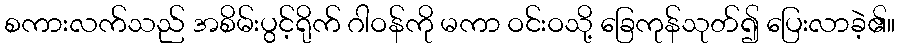
စကားလက်သည် အစိမ်းပွင့်ရိုက် ဂါဝန်ကို မကာ ဝင်းဝသို့ ခြေကုန်သုတ်၍ ပြေးလာခဲ့၏။